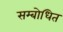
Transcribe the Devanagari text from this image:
सम्‍बोधित